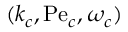
( k _ { c } , \mathrm { P e } _ { c } , \omega _ { c } )